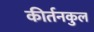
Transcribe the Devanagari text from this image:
कीर्तनकुल